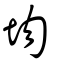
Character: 圽